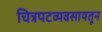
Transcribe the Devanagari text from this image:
चित्रपटव्यवसायतून